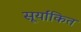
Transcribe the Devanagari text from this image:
सूर्यांकित